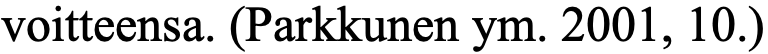
voitteensa. (Parkkunen ym. 2001, 10.)